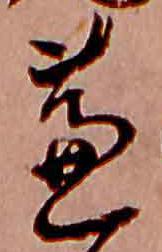
蘆